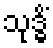
သုဒ္ဓိံ